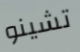
تشينو